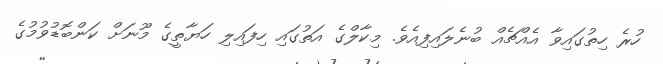
ހުރެ ހިތުގައިވާ އެއްޗެއް ބުނެލައިފިއެވެ. މިކާލްގެ އަތުގައި ހިފައިލި ހަޔާތީގެ މޫނަށް ކަންބޮޑުވުމުގެ